Investigations on Bengal jail dietaries - Number 37
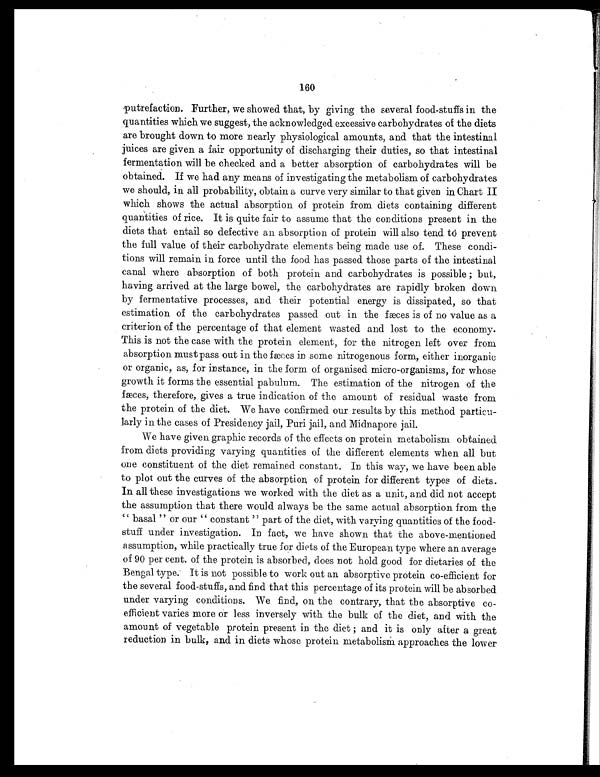
160
putrefaction. Further, we showed that, by giving the several food-stuffs in the
quantities which we suggest, the acknowledged excessive carbohydrates of the diets
are brought down to more nearly physiological amounts, and that the intestinal
juices are given a fair opportunity of discharging their duties, so that intestinal
fermentation will be checked and a better absorption of carbohydrates will be
obtained. If we had any means of investigating the metabolism of carbohydrates
we should, in all probability, obtain a curve very similar to that given in Chart II
which shows the actual absorption of protein from diets containing different
quantities of rice. It is quite fair to assume that the conditions present in the
diets that entail so defective an absorption of protein will also tend to prevent
the full value of their carbohydrate elements being made use of. These condi-
tions will remain in force until the food has passed those parts of the intestinal
canal where absorption of both protein and carbohydrates is possible ; but,
having arrived at the large bowel, the carbohydrates are rapidly broken down
by fermentative processes, and their potential energy is dissipated, so that
estimation of the carbohydrates passed out in the fæces is of no value as a
criterion of the percentage of that element wasted and lost to the economy.
This is not the case with the protein element, for the nitrogen left over from
absorption must pass out in the faeces in some nitrogenous form, either inorganic
or organic, as, for instance, in the form of organised micro-organisms, for whose
growth it forms the essential pabulum. The estimation of the nitrogen of the
fæces, therefore, gives a true indication of the amount of residual waste from
the protein of the diet. We have confirmed our results by this method particu-
larly in the cases of Presidency jail, Puri jail, and Midnapore jail.
We have given graphic records of the effects on protein metabolism obtained
from diets providing varying quantities of the different elements when all but
one constituent of the diet remained constant. In this way, we have been able
to plot out the curves of the absorption, of protein for different types of diets.
In all these investigations we worked with the diet as a unit, and did not accept
the assumption that there would always be the same actual absorption from the
"basal" or our "constant "part of the diet, with varying quantities of the food-
stuff under investigation. In fact, we have shown that the above-mentioned
assumption, while practically true for diets of the European type where an average
of 90 per cent. of the protein is absorbed, does not hold good for dietaries of the
Bengal type. It is not possible to work out an absorptive protein co-efficient for
the several food-stuffs, and find that this percentage of its protein will be absorbed
under varying conditions. We find, on the contrary, that the absorptive co-
efficient varies more or less inversely with the bulk of the diet, and with the
amount of vegetable protein present in the diet ; and it is only after a great
reduction in bulk, and in diets whose protein metabolism. approaches the lower